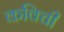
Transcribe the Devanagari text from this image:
कविची